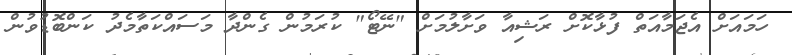
ހަމައަށް އެޖަމާއަތް ފުޅާކޮށް ރަޝިއާ ވަށާލުމަށް "ނޭޓޯ" ކުރަމުން ގެންދާ މަސައްކަތާމެދު ކަންބޮޑުވުން